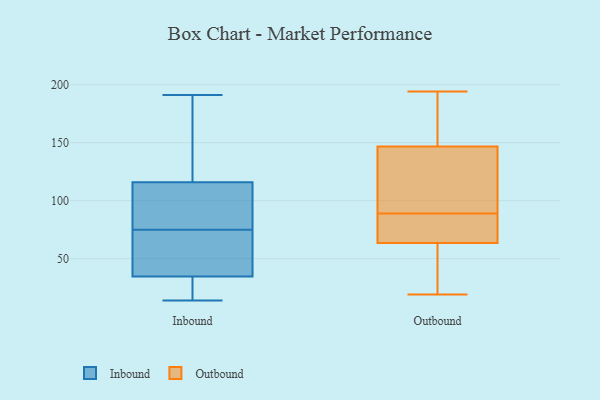
{"axis": {"x": "Population (Million)", "y": "Value"}, "legend": ["Inbound", "Outbound"], "data": [{"x": "", "y": 86, "type": "Inbound"}, {"x": "", "y": 14, "type": "Inbound"}, {"x": "", "y": 109, "type": "Inbound"}, {"x": "", "y": 68, "type": "Inbound"}, {"x": "", "y": 92, "type": "Inbound"}, {"x": "", "y": 71, "type": "Inbound"}, {"x": "", "y": 75, "type": "Inbound"}, {"x": "", "y": 99, "type": "Inbound"}, {"x": "", "y": 42, "type": "Inbound"}, {"x": "", "y": 135, "type": "Inbound"}, {"x": "", "y": 15, "type": "Inbound"}, {"x": "", "y": 45, "type": "Inbound"}, {"x": "", "y": 118, "type": "Inbound"}, {"x": "", "y": 19, "type": "Inbound"}, {"x": "", "y": 23, "type": "Inbound"}, {"x": "", "y": 32, "type": "Inbound"}, {"x": "", "y": 163, "type": "Inbound"}, {"x": "", "y": 191, "type": "Inbound"}, {"x": "", "y": 177, "type": "Inbound"}, {"x": "", "y": 58, "type": "Outbound"}, {"x": "", "y": 99, "type": "Outbound"}, {"x": "", "y": 162, "type": "Outbound"}, {"x": "", "y": 168, "type": "Outbound"}, {"x": "", "y": 176, "type": "Outbound"}, {"x": "", "y": 89, "type": "Outbound"}, {"x": "", "y": 194, "type": "Outbound"}, {"x": "", "y": 47, "type": "Outbound"}, {"x": "", "y": 95, "type": "Outbound"}, {"x": "", "y": 80, "type": "Outbound"}, {"x": "", "y": 19, "type": "Outbound"}, {"x": "", "y": 85, "type": "Outbound"}, {"x": "", "y": 84, "type": "Outbound"}, {"x": "", "y": 101, "type": "Outbound"}, {"x": "", "y": 37, "type": "Outbound"}]}